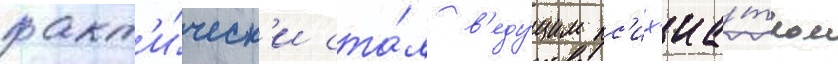
факт'и́ческ'и ста́л в'еду́щим пс'их'иа́тром